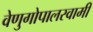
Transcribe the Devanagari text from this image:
वेणुगोपालस्‍वामी